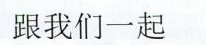
跟我们一起。